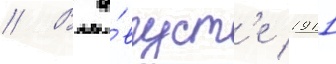
// В а́вгуст'е 1911